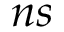
n s